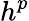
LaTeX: h^{p}